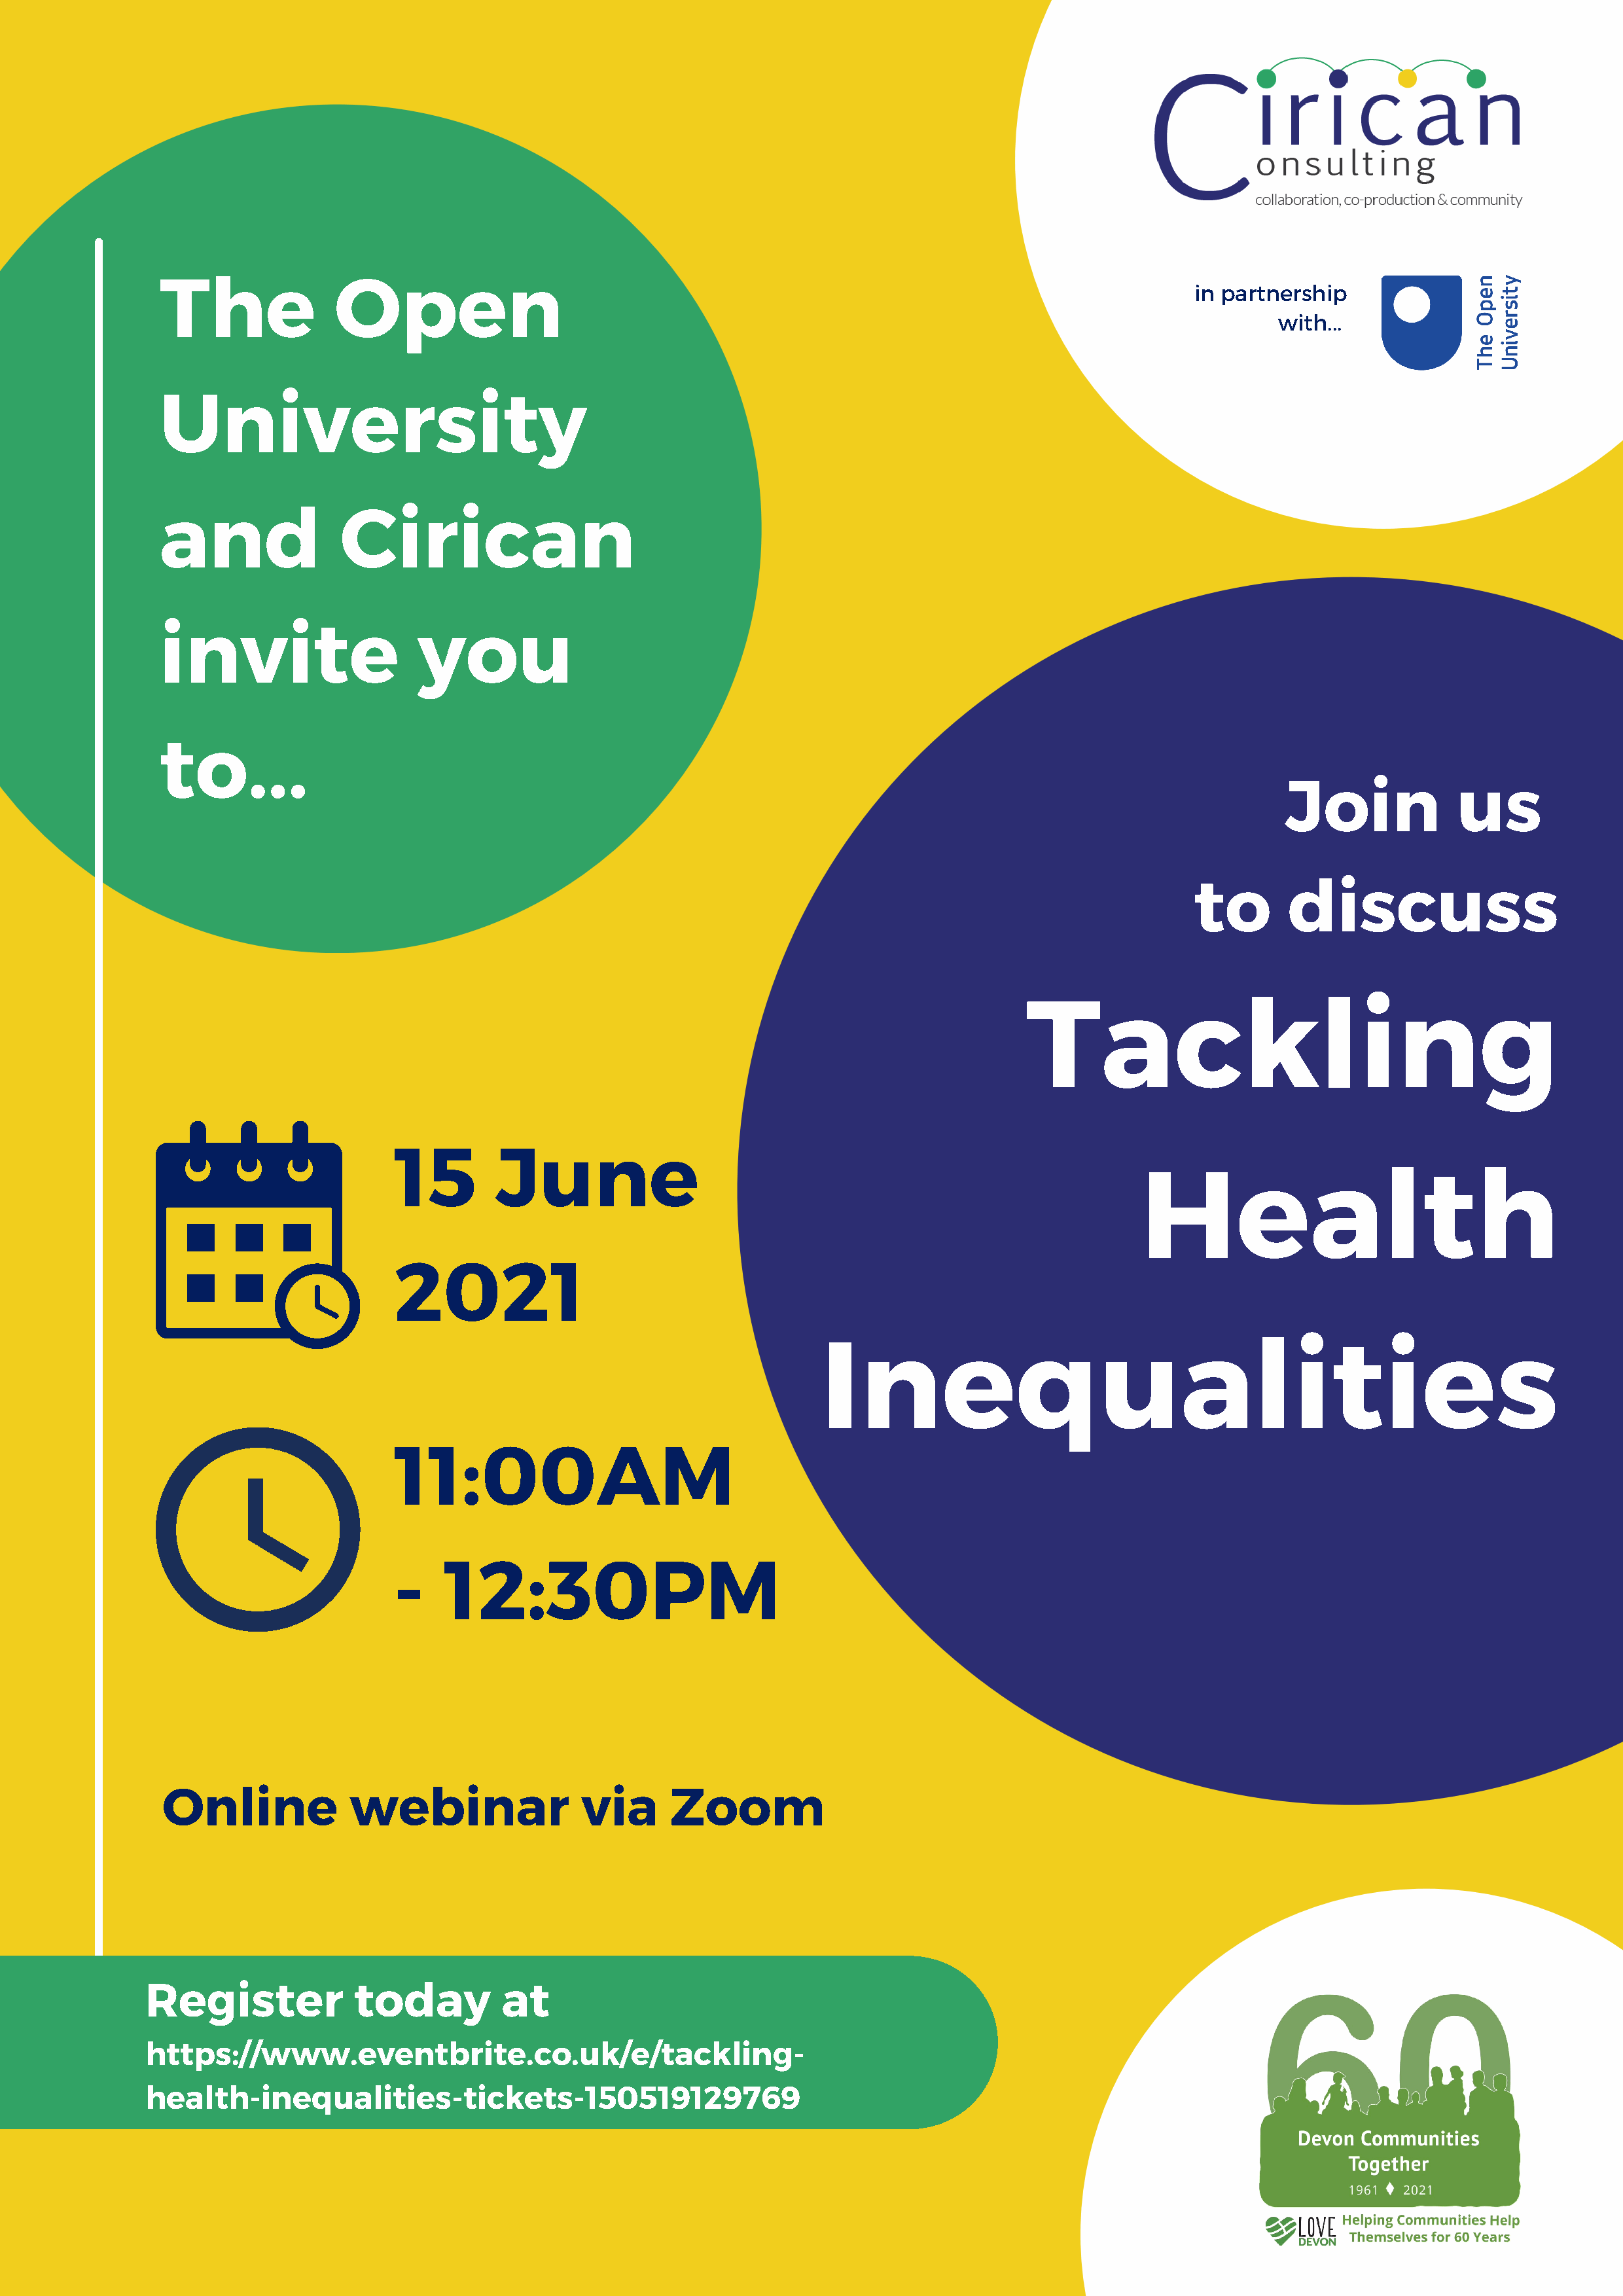
in partnership      with...
 The               Open
 in partnership
 with...
 University
 and               Cirican
 invite                    you
 to...
 Join             us
 to       discuss
 Tackling
 15        June
 Health
 2021
 Inequalities
 11:00AM
 -    12:30PM
 Online             webinar                 via      Zoom
 Register             today          at
 https://www.eventbrite.co.uk/e/tackling-
 health-inequalities-tickets-150519129769